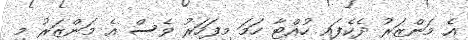
އެ މަންޒަރު ދެކެފައި ހުއްޓާ ހަމަ މިފަހަރު ވެސް އެ މަންޒަރު މި